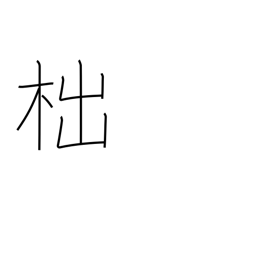
Meaning: a stump